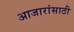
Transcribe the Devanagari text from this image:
अाजारांसाठी